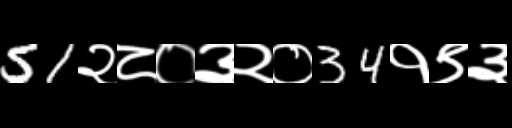
Text: 51२८०३२०34१९३